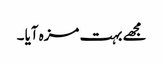
مجھے بہت مزہ آیا ۔